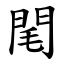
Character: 閐